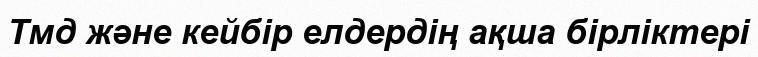
Тмд және кейбір елдердің ақша бірліктері